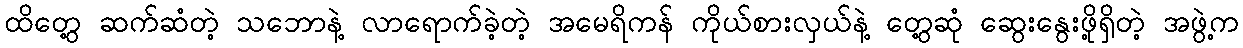
ထိတွေ့ ဆက်ဆံတဲ့ သဘောနဲ့ လာရောက်ခဲ့တဲ့ အမေရိကန် ကိုယ်စားလှယ်နဲ့ တွေ့ဆုံ ဆွေးနွေးဖို့ရှိတဲ့ အဖွဲ့က